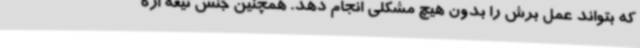
که بتواند عمل برش را بدون هیچ مشکلی انجام دهد. همچنین جنس تیغه اره